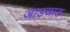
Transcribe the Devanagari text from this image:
जाडजाड